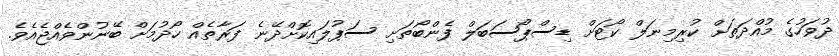
ދުވަހުގެ މުއްދަތަށް ކުރިމިނަލް ކޯޓަށް ޑިސްޕޯސަބަލް ފެންބޯތަށި ސަޕުލައިކޮށްދޭނެ ފަރާތެއް ހޯދުމަށް ބޭނުންވެއްޖެއެވެ.